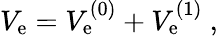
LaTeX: V_{\mathrm{e}}=V_{\mathrm{e}}^{(0)}+V_{\mathrm{e}}^{(1)}~,